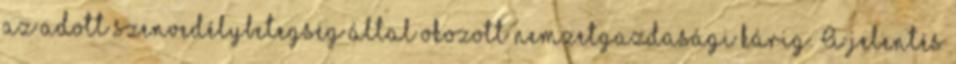
az adott szenvedélybetegség által okozott nemzetgazdasági kárig. A jelentés